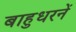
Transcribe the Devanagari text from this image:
बाहुधरनें